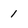
Character: 1